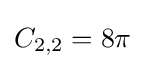
C_{2,2}=8\pi